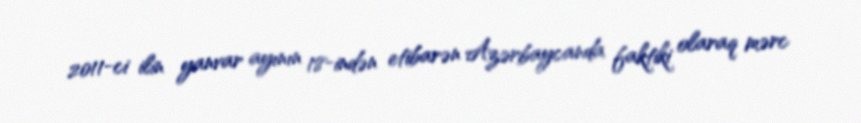
2011-ci ilin yanvar ayının 18-indən etibarən Azərbaycanda faktiki olaraq mərc